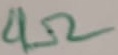
Text: 4Ω